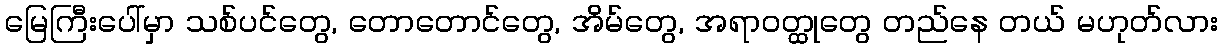
မြေကြီးပေါ်မှာ သစ်ပင်တွေ, တောတောင်တွေ, အိမ်တွေ, အရာဝတ္ထုတွေ တည်နေ တယ် မဟုတ်လား